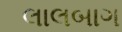
લાલબાગ